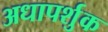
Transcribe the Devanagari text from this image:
अधापर्शुक